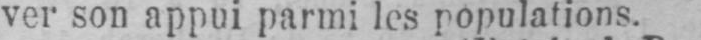
ver son appui parmi les populations.